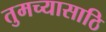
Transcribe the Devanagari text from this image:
तुमच्यासाठि